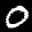
Label: 0